Tartu_linnavalitsus, lk 127
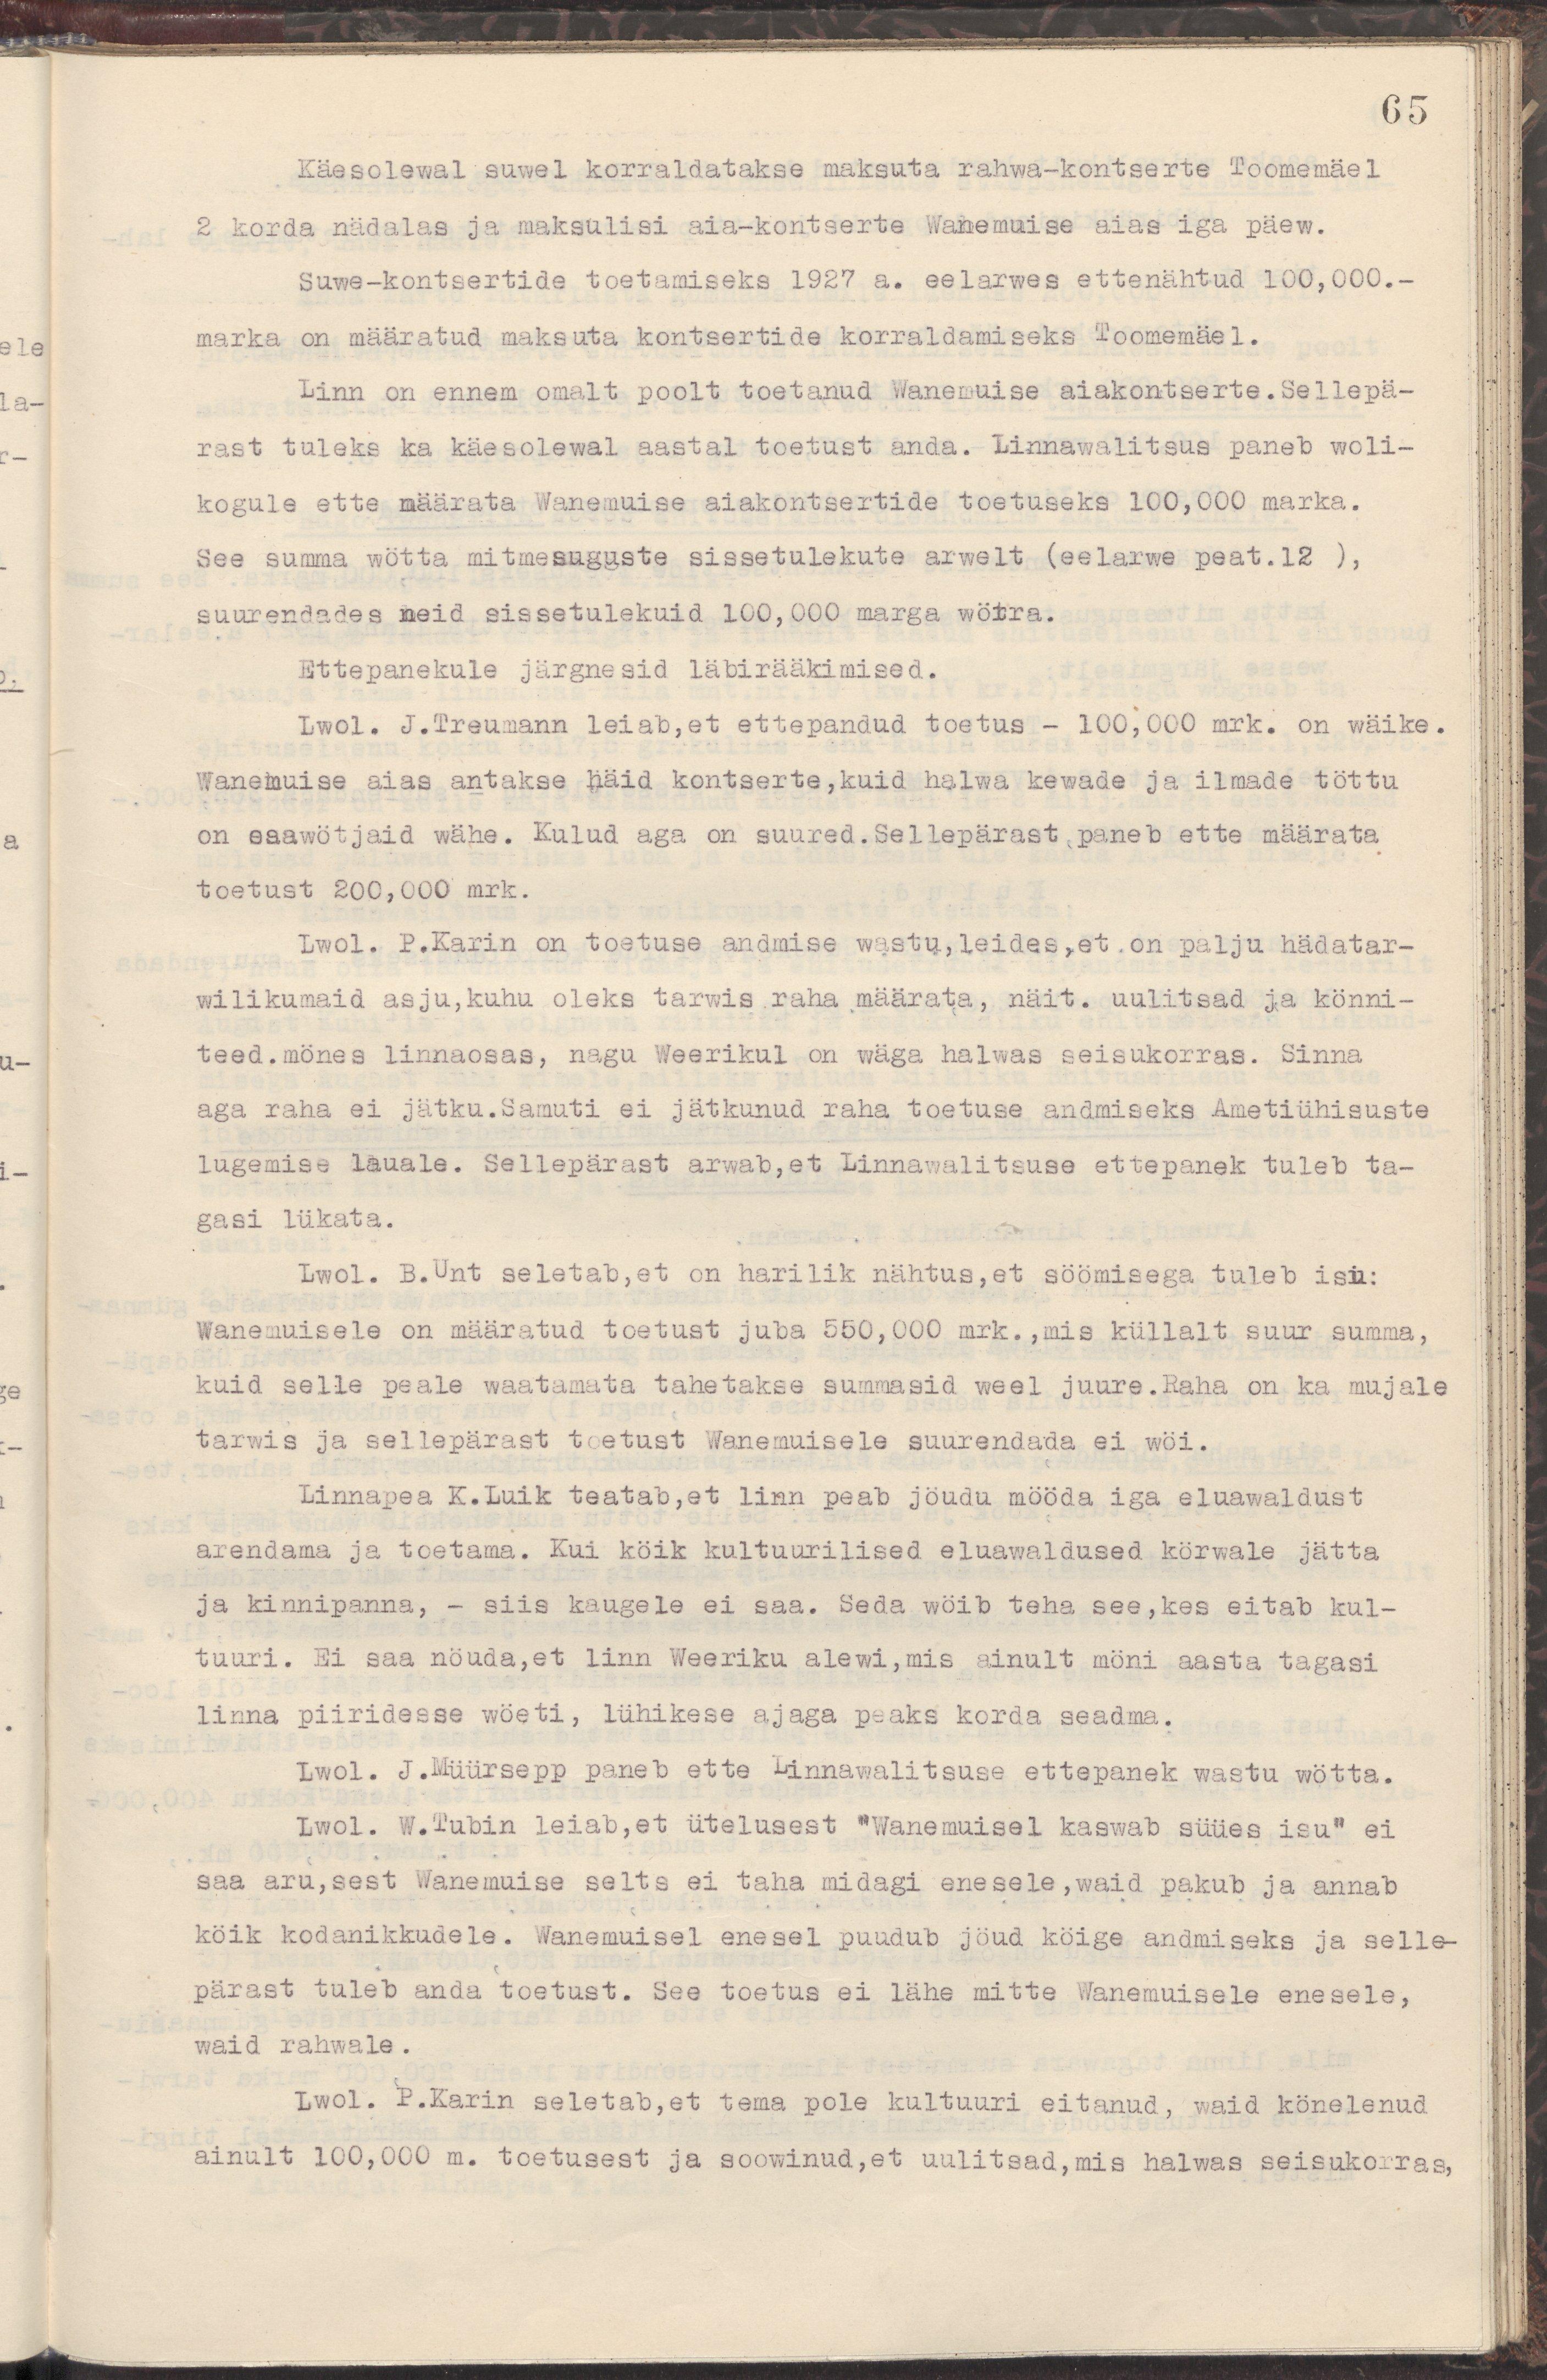
65
Käesolewal suwel korraldatakse masuta rahwa-kontserte Toomemäel
2 korda nädalas ja maksulisi aia-kontserte Wanemuise aias iga päew.
Suwe-kontsertide toetamiseks 1927 a. eelarwes ettenähtud 100,000.-
marka on määratud maksuta kontsertide korraldamiseks Toomemäel.
Linn on ennem omalt  poolt toetanud Wanemuise aiakontserte. Sellepä-
rast tuleks ka käesolewal aastal toetust anda. Linnawalitsus paneb woli-
kogule ette määrata Wanemuise aiakontsertide toetuseks 100,000 marka.
See summa wötta mitmesuguste sissetulekute arwelt (eelarwe peat.12 ),
suurendades neid sissetulekuid 100,000 marga wörra.
Ettepanekule järgnesid läbirääkimised.
Lwol. J.Treumann leiab,et ettepandud toetus - 100,000 mrk. on wäike.
Wanemuise aias antakse häid kontserte,kuid halwa kewade ja ilmade töttu
on osawötjaid wähe. Kulud aga on suured. Sellepärast paneb ette määrata
toetust 200,000 mrk.
Lwol. P.Karin on toetuse andmise wastu, leides, et on palju hädatar-
wilikumaid asju, kuhu oleks tarwis raha määrata, näit. uulitsaid ja könni-
teed, mönes linnaosas, nagu Weerikul on wäga halwas seisukorras. Sinna
aga raha ei jätku.Samuti ei jätkunud raha toetuse andmiseks Ametiühisuste
lugemise lauale. Sellepärast arwab,et Linnawalitsuse ettepanek tuleb ta-
gasi lükata.
Lwol. B.Unt seletab,et on harilik nähtus,et söömisega tuleb isu:
Wanemuisele on määratud toetust juba 550,00 mrk., mis küllalt suur summa,
kuid selle peale waatamata tahetakse summasid weel juure.Raha on ka mujale
tarwis ja sellepärast toetust Wanemuisele suurendada ei wöi.
Linnapea K.Luik teatab,et linn peab jöudu mööda iga eluawaldust
arendama ja toetama. Kui köik kultuurilised eluawaldused körwale jätta
ja kinnipanna, - siis kaugele ei saa. Seda wöib teha see, kes eitab kul-
tuuri. Ei saa nöuda, et linn Weeriku alewi, mis ainult möni aasta tagasi
linni piiridesse wöeti, lühikese ajaga peaks korda seadma.
Lwol. J.Müürsepp paneb ette Linnawalitsuse ettepanek wastu wötta.
Lwol. W.Tubin leiab,et ütelusest "Wanemuisel kaswab süües isu" ei
saa aru,sest Wanemuise selts ei taha midagi enesele, waid pakub ja annab
köik kodanikkudele. Wanemuisel enesel puudub jöud köige andmiseks ja selle-
pärast tuleb anda toetust. See toetus ei lähe mitte Wanemuisele enesele,
waid rahwale.
Lwol. P.Karin seletab,et tema pole kultuuri eitanud, waid könelenud
ainult 100,000 m. toetusest ja soowinud,et uulitsad,mis halwas seisukorras,